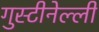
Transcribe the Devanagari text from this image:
गुस्टीनेल्ली